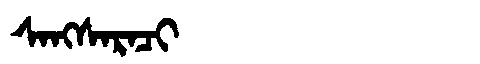
Manchu: ᠰᠠᠩᠰᠠᡵᠠᠴᡳ
Romanization: SANGSARACI